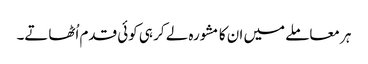
ہر معاملے میں ان کا مشورہ لے کر ہی کوئی قدم اُٹھاتے۔